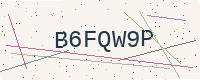
Text: B6FQW9P